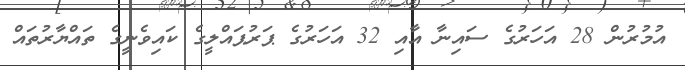
އުމުރުން 28 އަހަރުގެ ސައިނާ އާއި 32 އަހަރުގެ ޕަރުޕައްލީގެ ކައިވެނީގެ ތައްޔާރުތައް